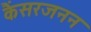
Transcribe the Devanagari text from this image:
कैंसरजनन